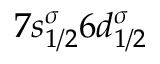
7 s _ { 1 / 2 } ^ { \sigma } 6 d _ { 1 / 2 } ^ { \sigma }